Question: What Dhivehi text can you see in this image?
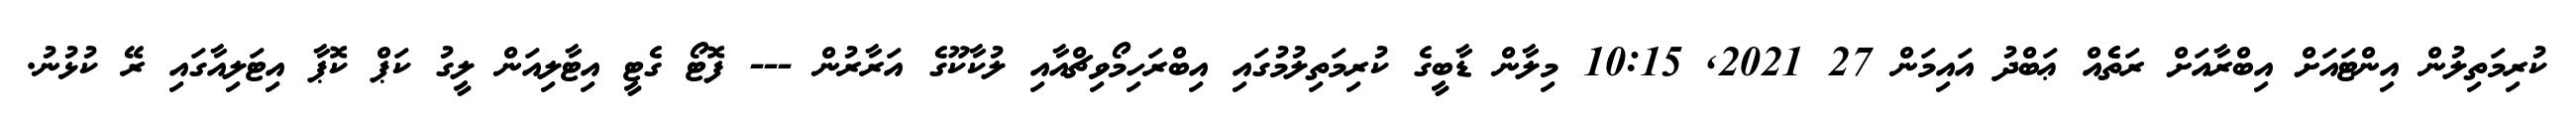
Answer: ކުރިމަތިލުން އިންޓައަށް އިބްރާއަށް ރަތެެއް ޢަބްދު އައިމަން 27 2021, 10:15 މިލާން ޑާބީގެ ކުރިމަތިލުމުގައި އިބްރަހިމޯވިޗްއާއި ލުކާކޫގެ އަރާރުން --- ފޮޓޯ ގެޓީ އިޓާލިއަން ލީގު ކަޕް ކޮޕާ އިޓަލިއާގައި ރޭ ކުޅުނު.